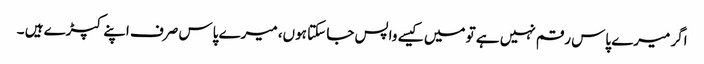
اگر میرے پاس رقم نہیں ہے تو میں کیسے واپس جا سکتا ہوں، میرے پاس صرف اپنے کپڑے ہیں ۔